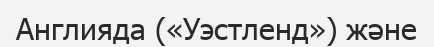
Англияда («Уэстленд») және